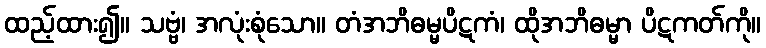
ထည့်ထား၍။ သဗ္ဗံ၊ အလုံးစုံသော။ တံအဘိဓမ္မပိဋကံ၊ ထိုအဘိဓမ္မာ ပိဋကတ်ကို။